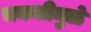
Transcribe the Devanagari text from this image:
चकतीमुळे